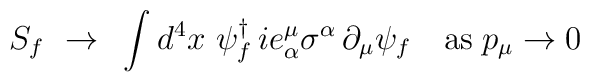
S_{f}~\rightarrow ~\int d^{4}x~\psi _{f}^{\dagger }\,ie_{\alpha }^{\mu}\sigma ^{\alpha }\,\partial _{\mu }\psi _{f}\quad \mbox{as}\;p_{\mu}\rightarrow 0